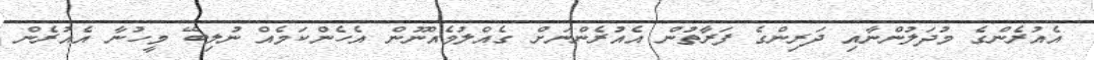
އެއުރެންގެ މުދަލުންނާއި ދަރިންގެ ފަރާތުން އެއުރެންނަށް ގެއްލުމެއްނޫން އެހެންކަމެއް ނުލިބޭ މީހުނާ އެއުރެން